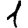
Digit: 1